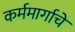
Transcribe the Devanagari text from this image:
कर्ममार्गाचे